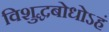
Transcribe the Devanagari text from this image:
विशुद्धबोधोऽहं